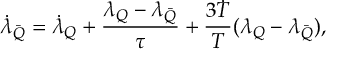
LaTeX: { \dot { \lambda } } _ { \bar { Q } } = { \dot { \lambda } _ { Q } } + \frac { \lambda _ { Q } - \lambda _ { \bar { Q } } } { \tau } + \frac { 3 { \dot { T } } } { T } ( \lambda _ { Q } - \lambda _ { \bar { Q } } ) ,